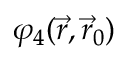
\varphi _ { 4 } ( \vec { r } , \vec { r } _ { 0 } )